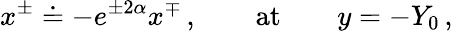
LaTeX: x^{\pm}\doteq-e^{\pm 2\alpha}x^{\mp}\, ,\qquad\mathrm{at}\qquad y=-Y_{0}\, ,